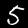
Label: 5